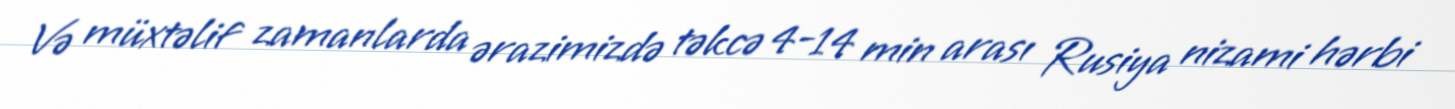
Və müxtəlif zamanlarda ərazimizdə təkcə 4-14 min arası Rusiya nizami hərbi